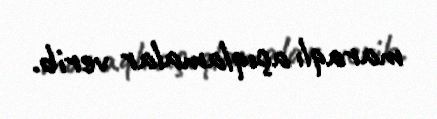
maraqlı açıqlamalar verib.